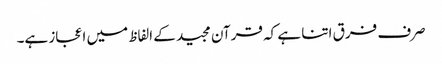
صرف فرق اتنا ہے کہ قرآن مجید کے الفاظ میں اعجاز ہے۔